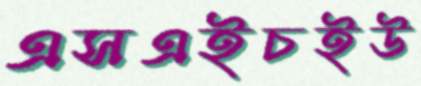
এসএইচইউ